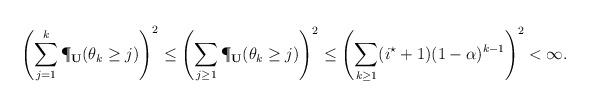
LaTeX: \begin{align*}\left(\sum_{j=1}^{k}\P_{\bf U}({\theta_k}\ge j)\right)^2\le \left(\sum_{j\ge1}\P_{\bf U}({\theta_k}\ge j)\right)^2\le \left(\sum_{k\ge1}(i^\star+1)(1-\alpha)^{k-1}\right)^2<\infty.\end{align*}